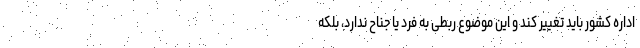
اداره کشور باید تغییر کند و این موضوع ربطی به فرد یا جناح ندارد، بلکه